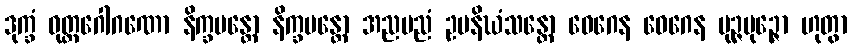
ဒုက္ခံ ဝုတ္ထဂေါဂဏော နိက္ခမန္တော နိက္ခမန္တော အညမညံ ဥပနိဃံသန္တော ဝေဂေန ဝေဂေန ပုဉ္ဇပုဉ္ဇော ဟုတွာ